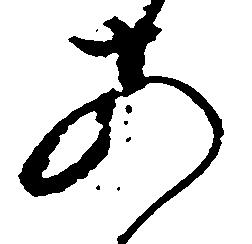
あ